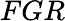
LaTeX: FGR